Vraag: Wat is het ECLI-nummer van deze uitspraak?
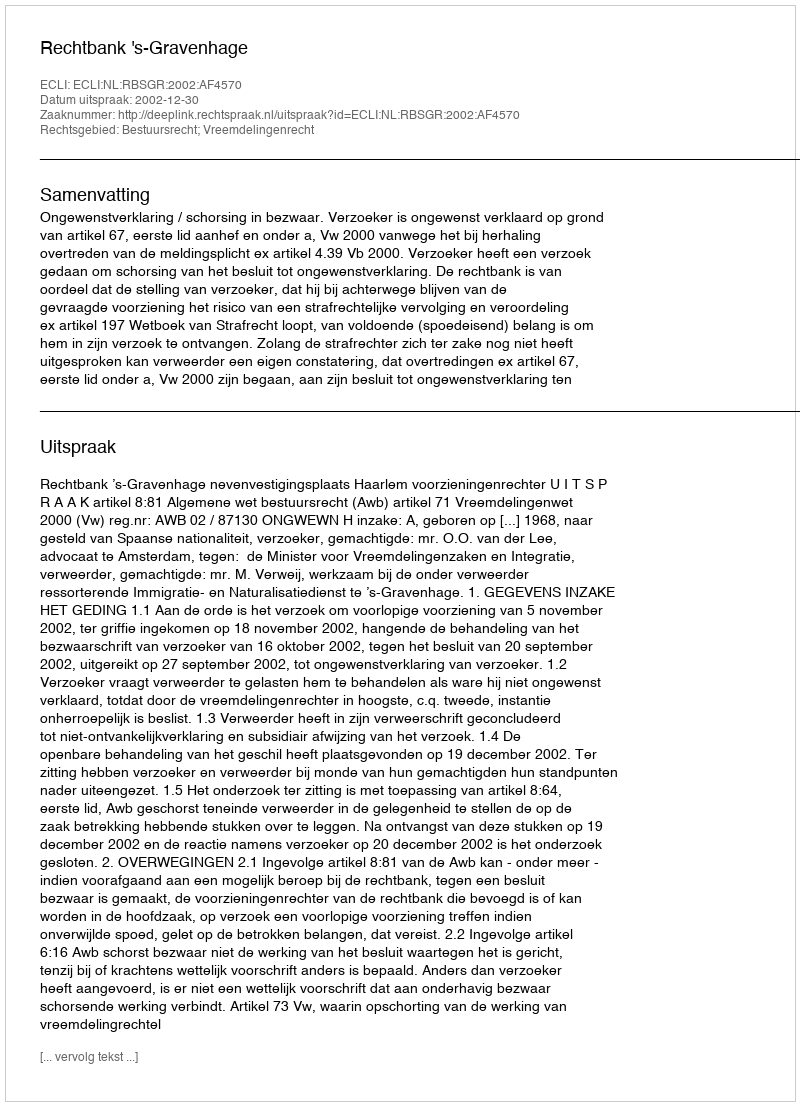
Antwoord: ECLI:NL:RBSGR:2002:AF4570